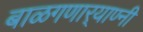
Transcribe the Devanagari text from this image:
बाळगणार्‍याण्नी